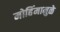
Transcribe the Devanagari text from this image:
मोहिंमामुळे